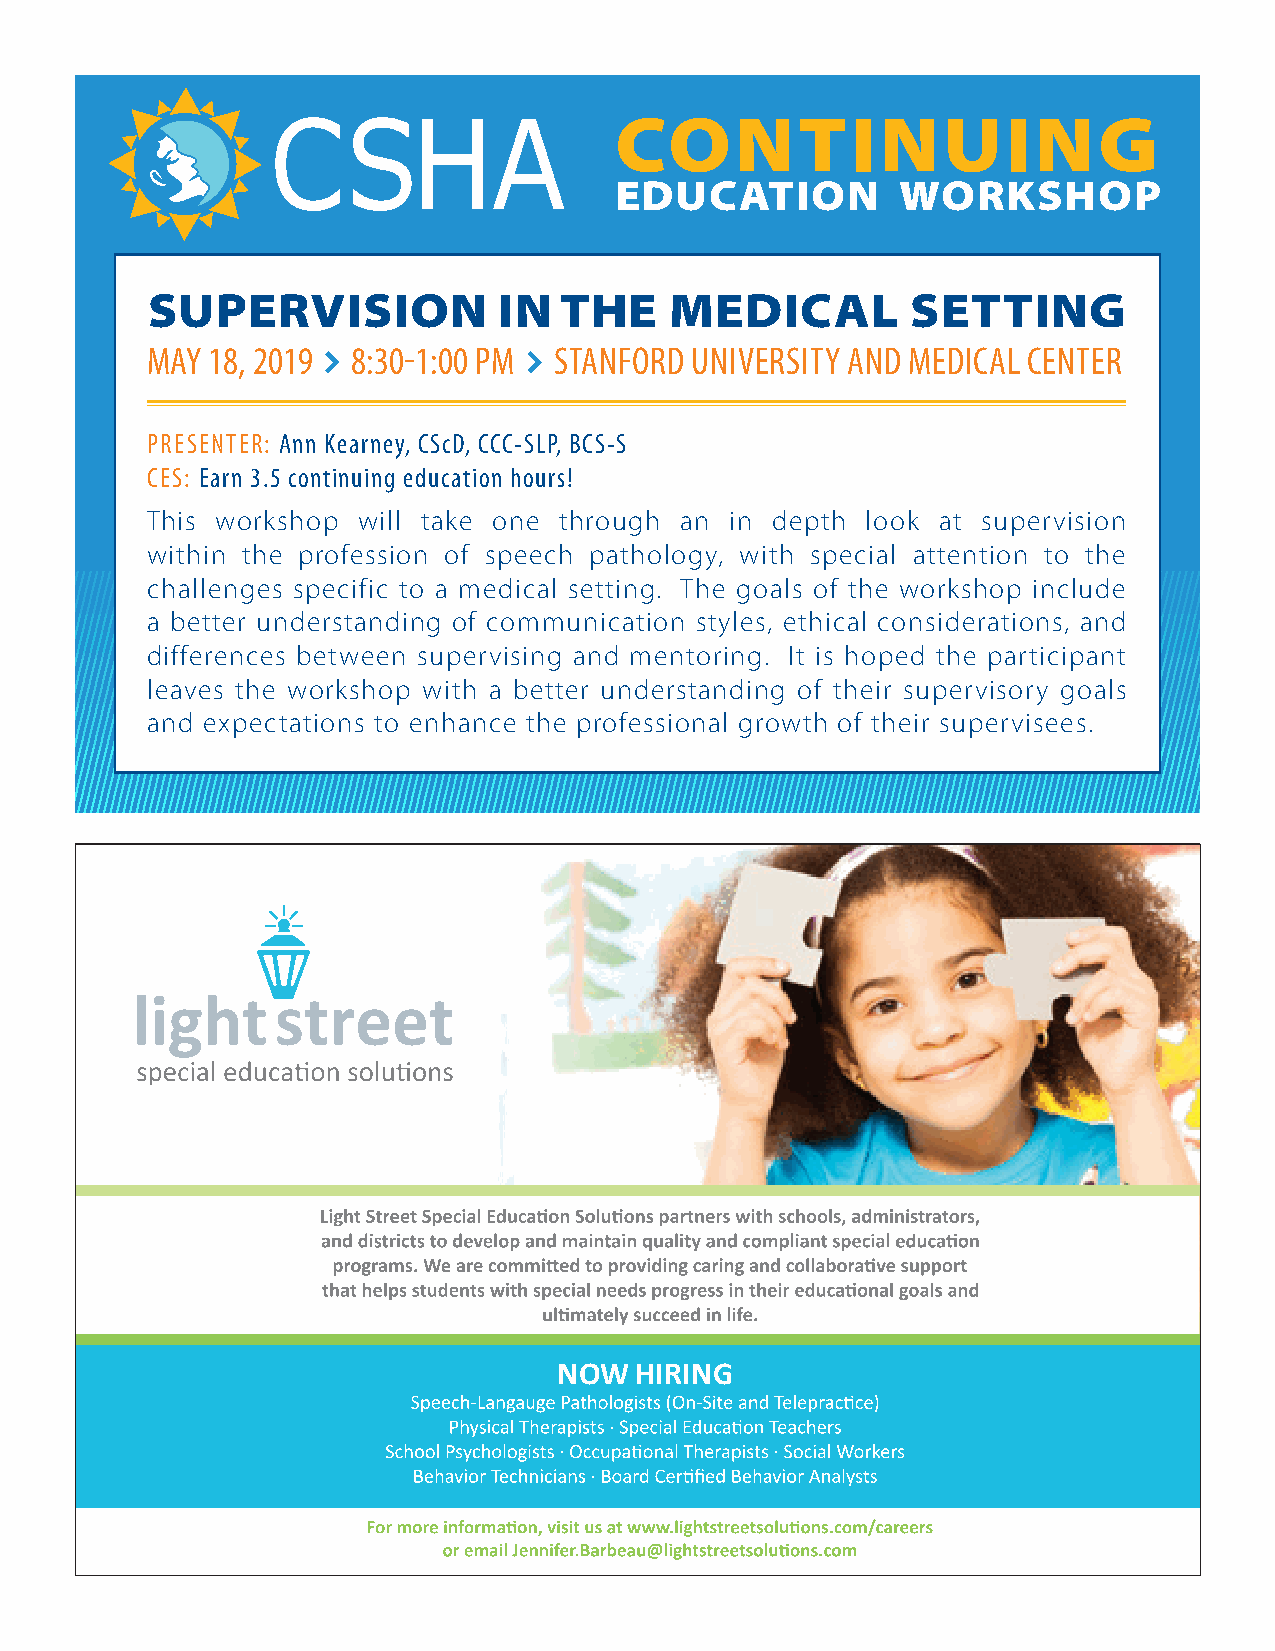
CONTINUING
 EDUCATION          WORKSHOP
 SUPERVISION            IN  THE    MEDICAL         SETTING
 MAY 18, 2019 8:30-1:00 PM  STANFORD UNIVERSITY AND MEDICAL CENTER
 PRESENTER: Ann Kearney, CScD, CCC-SLP, BCS-S
 CES: Earn 3.5 continuing education hours!
 This workshop will take one through an in depth look at supervision
 within the profession of speech pathology, with special attention to the
 challenges specific to a medical setting. The goals of the workshop include
 a better understanding of communication styles, ethical considerations, and
 differences between supervising and mentoring. It is hoped the participant
 leaves the workshop with a better understanding of their supervisory goals
 and expectations to enhance the professional growth of their supervisees.
 NOW  HIRING